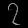
Digit: ၇